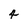
Character: 4